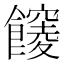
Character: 𩟒